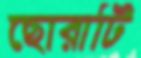
ছোরাটি